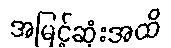
အမြင့်ဆုံးအထိ